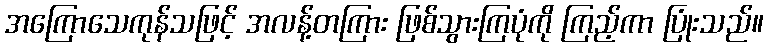
အကြောသေကုန်သဖြင့် အလန့်တကြား ဖြစ်သွားကြပုံကို ကြည့်ကာ ပြုံးသည်။